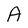
Character: A